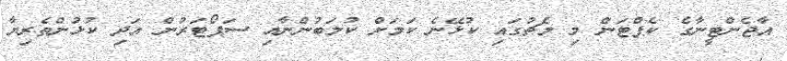
އާޖެންޓީނާގެ ކެޕްޓަން މި މެޗުގައި ކުޅޭނެ ކަމަށް ކުލަބުންނާއި ސަޕޯޓަރުން އަދި ކުޅުންތެރިޔާ